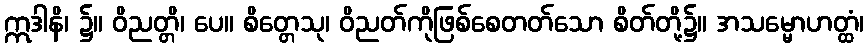
ဣဒါနိ၊ ၌။ ဝိညတ္တိ၊ ပေ။ စိတ္တေသု၊ ဝိညတ်ကိုဖြစ်စေတတ်သော စိတ်တို့၌။ အသမ္မောဟတ္ထံ၊